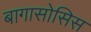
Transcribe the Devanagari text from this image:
बागासोसिस